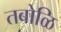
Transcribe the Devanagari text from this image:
तबोळि